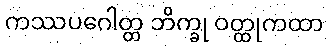
ကဿပဂေါတ္တ ဘိက္ခု ဝတ္ထုကထာ